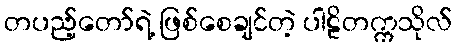
တပည့်တော်ရဲ့ ဖြစ်စေချင်တဲ့ ပါဠိတက္ကသိုလ်